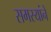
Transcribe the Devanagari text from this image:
समस्यांने